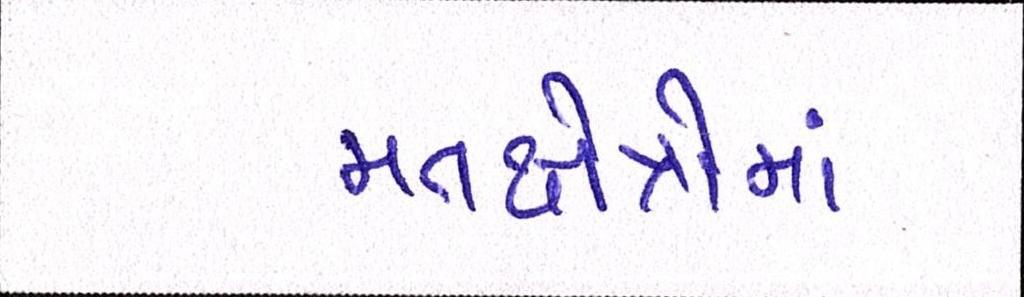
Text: મતક્ષેત્રોમાં